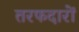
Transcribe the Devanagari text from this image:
तरफदारों